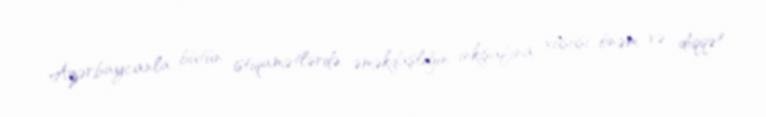
Azərbaycanla bütün istiqamətlərdə əməkdaşlığın inkişafına xüsusi önəm və diqqət